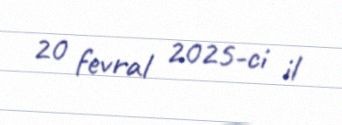
20 fevral 2025-ci il